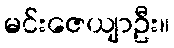
မင်းဇေယျာဦး။